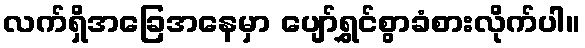
လက်ရှိအခြေအနေမှာ ပျော်ရွှင်စွာခံစားလိုက်ပါ။